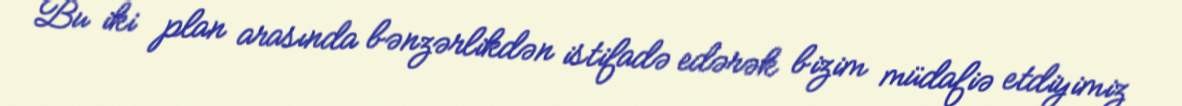
Bu iki plan arasında bənzərlikdən istifadə edərək bizim müdafiə etdiyimiz